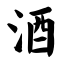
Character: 酒